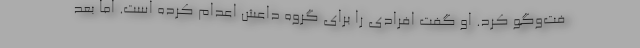
فت‌وگو کرد. او گفت افرادی را برای گروه داعش اعدام کرده است. اما بعد